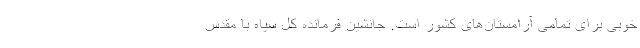
خوبی برای تمامی آرامستان‌های کشور است. جانشین فرمانده کل سپاه با مقدس